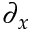
\partial _ { x }